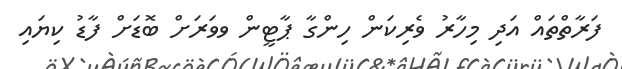
ފަރާތްތައް އަދި މިހާރު ވެރިކަަން ހިންގާ ޕާޓީން ވވަރަށް ބޮޑަށް ފާޑު ކިޔައި